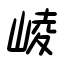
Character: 崚